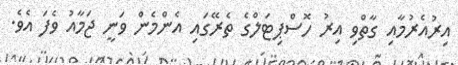
އިރުއެރުމާއި ގާތްވި އިރު ހޮސްޕިޓަލްގެ ތެރޭގައި އެންމެން ވަނީ ޖަމާއު ވެފަ އެވެ.